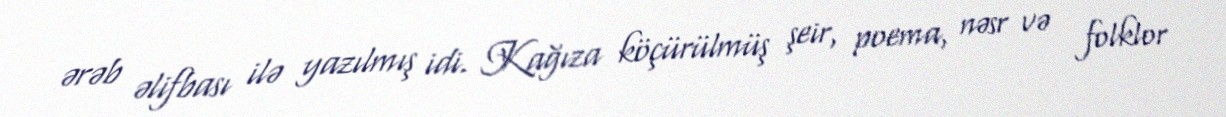
ərəb əlifbası ilə yazılmış idi. Kağıza köçürülmüş şeir, poema, nəsr və folklor